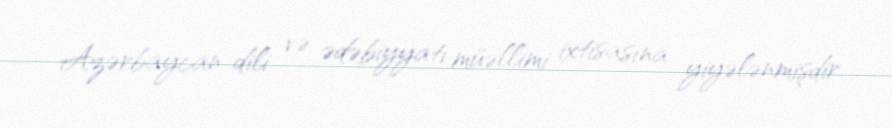
Azərbaycan dili və ədəbiyyatı müəllimi ixtisasına yiyələnmişdir.